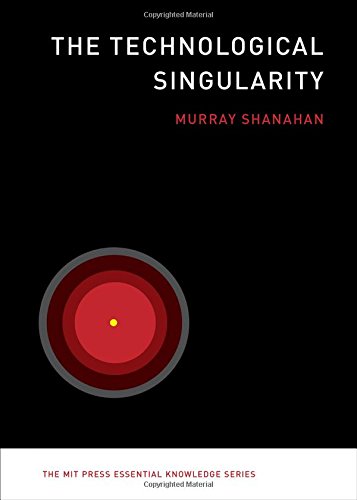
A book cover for The Technological Singularity (The MIT Press Essential Knowledge series); Murray Shanahan; Computers & Technology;